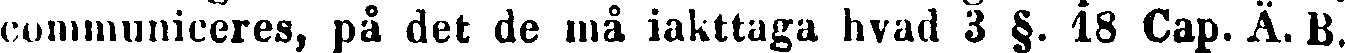
communiceres, på det de må iakttaga hvad 3 §. 18 Cap. Ä. B.